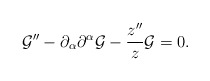
\begin{align*}{\cal G}'' - \partial_{\alpha}\partial^{\alpha} {\cal G} - \frac{z''}{z} {\cal G}=0.\end{align*}